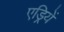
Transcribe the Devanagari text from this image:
एड्रियें